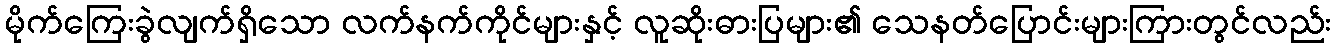
မိုက်ကြေးခွဲလျက်ရှိသော လက်နက်ကိုင်များနှင့် လူဆိုးဓားပြများ၏ သေနတ်ပြောင်းများကြားတွင်လည်း